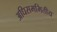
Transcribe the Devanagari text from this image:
अधिसममितीय